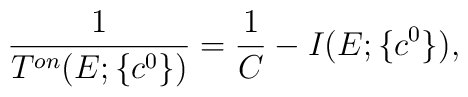
\displaystyle\frac 1{T^{on}(E;\{c^0\})}=\displaystyle\frac 1C-I(E;\{c^0\}),